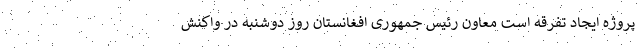
پروژه ایجاد تفرقه است معاون رئیس جمهوری افغانستان روز دوشنبه در واکنش